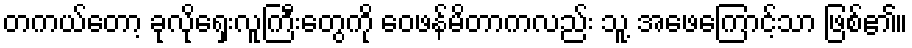
တကယ်တော့ ခုလိုရှေးလူကြီးတွေကို ဝေဖန်မိတာကလည်း သူ့ အဖေကြောင့်သာ ဖြစ်၏။